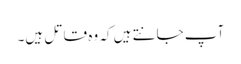
آپ جانتے ہیں کہ وہ قاتل ہیں۔